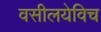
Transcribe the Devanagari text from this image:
वसीलयेविच